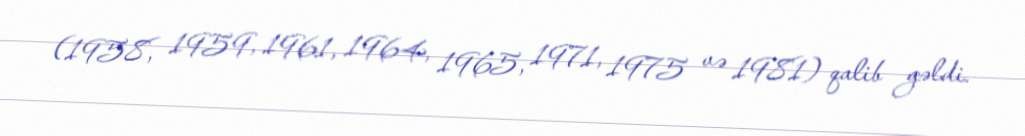
(1958, 1959, 1961, 1964, 1965, 1971, 1975 və 1981) qalib gəldi.